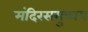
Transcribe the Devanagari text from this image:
मंदिरसमुच्चय